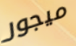
ميجور